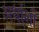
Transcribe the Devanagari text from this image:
अर्धाशौं